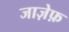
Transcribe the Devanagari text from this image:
जाज़ेफ़